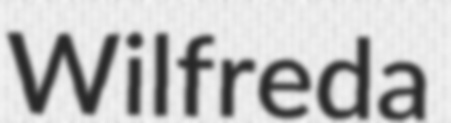
Wilfreda